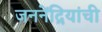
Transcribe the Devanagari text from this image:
जननेंद्रियांची